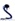
Text: S